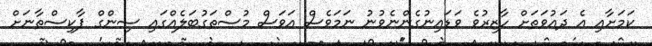
ކަމަށާއި އެ ދައުވަތަށް ހާޒިރުވެ ވަޑައިނުގެންނެވުނު ނަމަވެސް އަވަސް މުސްތަގުބަލެއްގައި ސިންގް ޕާކިސްތާނަށް